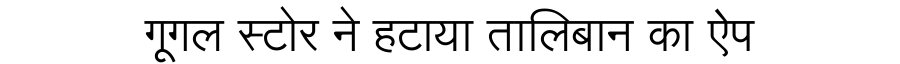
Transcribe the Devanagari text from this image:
गूगल स्टोर ने हटाया तालिबान का ऐप